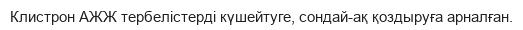
Клистрон АЖЖ тербелістерді күшейтуге, сондай-ақ қоздыруға арналған.